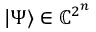
| \Psi \rangle \in \mathbb { C } ^ { 2 ^ { n } }